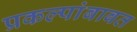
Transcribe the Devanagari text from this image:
प्रकल्पांबाबत